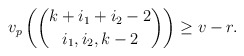
\begin{align*} v_p \left( \binom{k+i_1+ i_2-2}{ i_1, i_2 , k-2 } \right) \geq v - r .\end{align*}